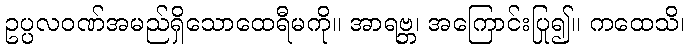
ဥပ္ပလဝဏ်အမည်ရှိသောထေရီမကို။ အာရဗ္ဘ၊ အကြောင်းပြု၍။ ကထေသိ၊